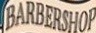
BARBARSHOP